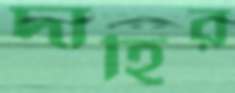
দাহির